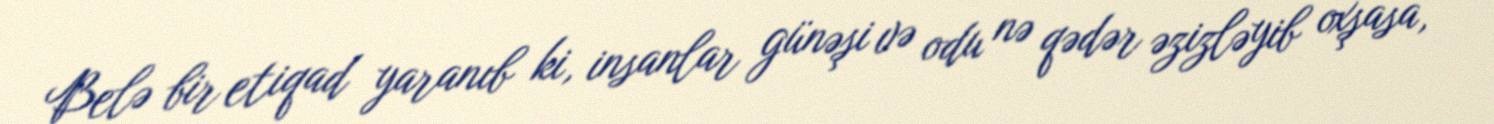
Belə bir etiqad yaranıb ki, insanlar günəşi və odu nə qədər əzizləyib oxşasa,